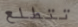
تتطلع